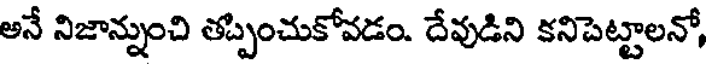
అనే నిజాన్నుంచి తప్పించుకోవడం. దేవుడిని కనిపెట్టాలనో,